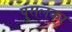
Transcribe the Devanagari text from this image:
पुसलकर